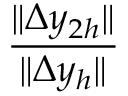
\frac { \| \Delta y _ { 2 h } \| } { \| \Delta y _ { h } \| }